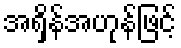
အရှိန်အဟုန်ဖြင့်